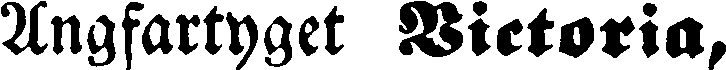
Ångfartyget Victoria,